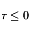
\tau \leq 0